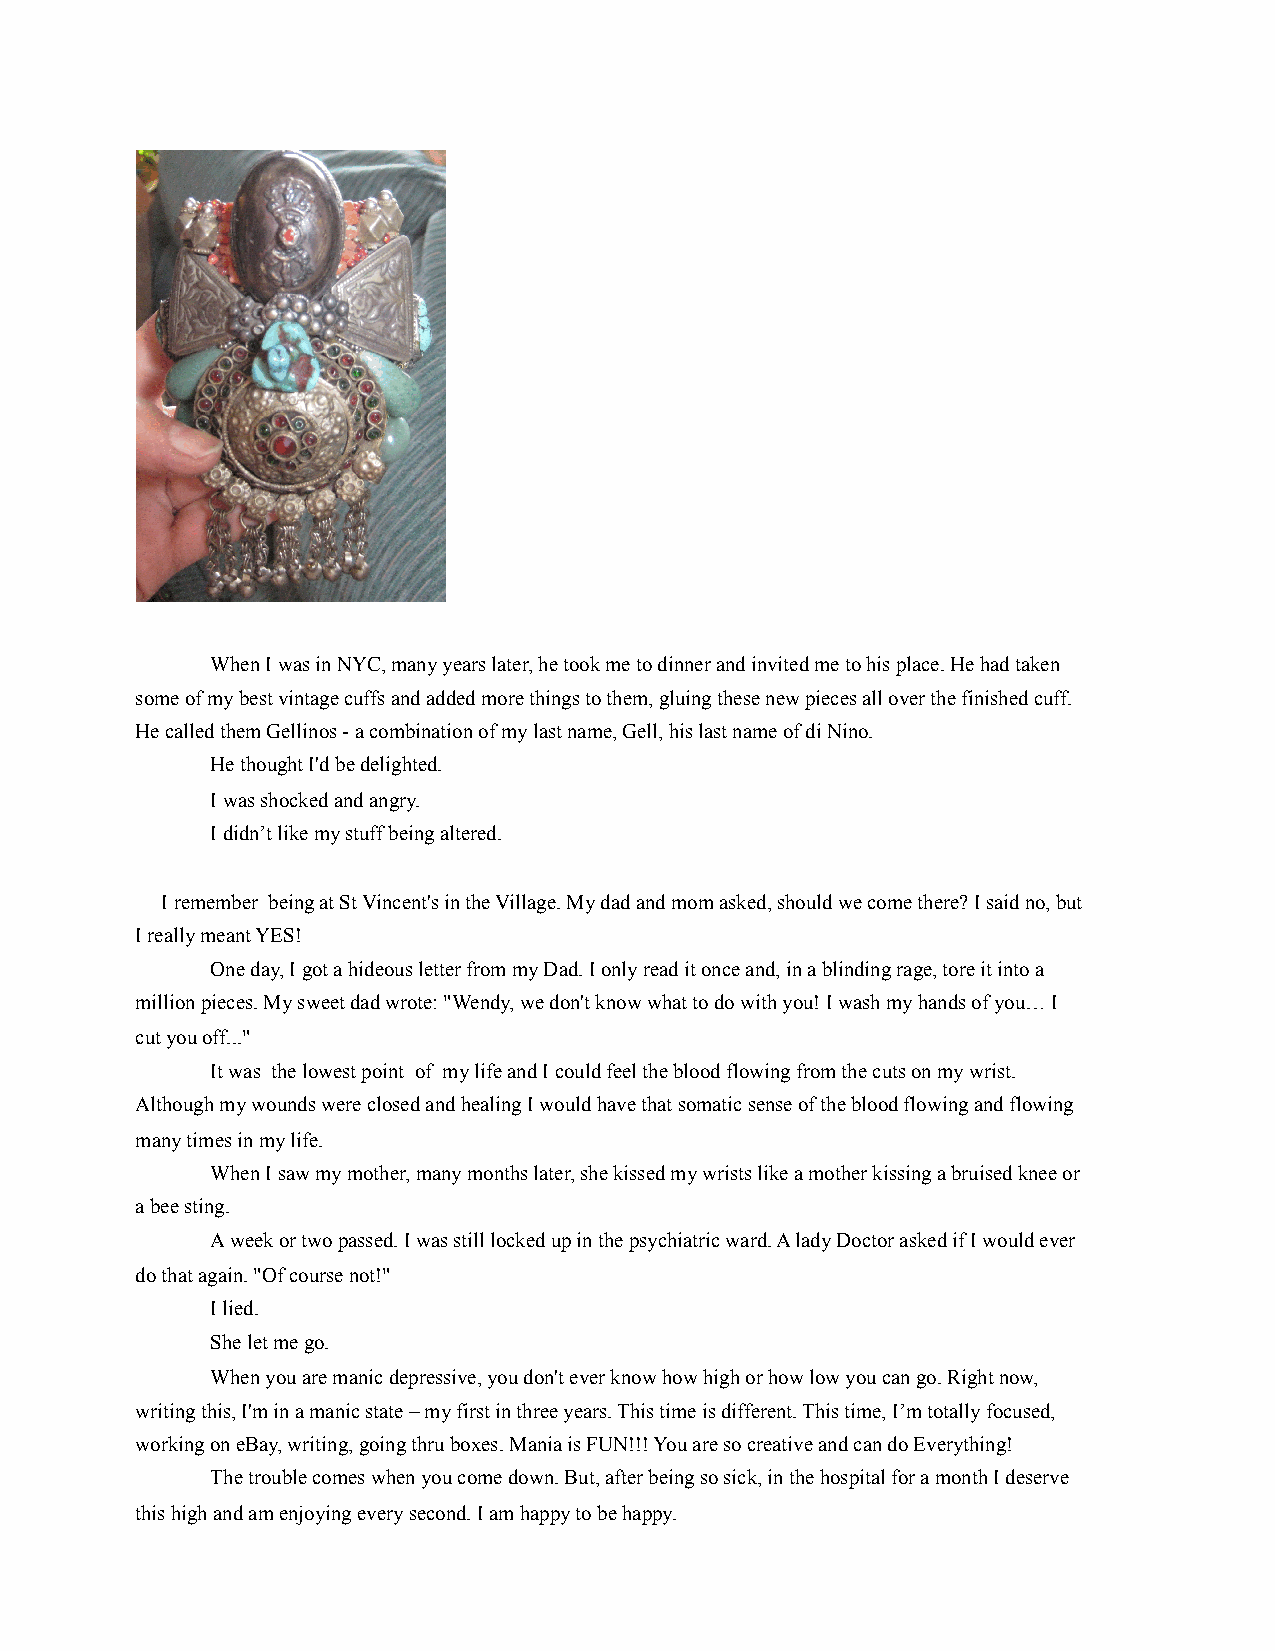
!
 When I was in NYC, many years later, he took me to dinner and invited me to his place. He had taken
 some of my best vintage cuffs and added more things to them, gluing these new pieces all over the finished cuff.
 He called them Gellinos - a combination of my last name, Gell, his last name of di Nino.
 He thought I'd be delighted.
 I was shocked and angry.
 I didn’t like my stuff being altered.
 I remember being at St Vincent's in the Village. My dad and mom asked, should we come there? I said no, but
 I really meant YES!
 One day, I got a hideous letter from my Dad. I only read it once and, in a blinding rage, tore it into a
 million pieces. My sweet dad wrote: "Wendy, we don't know what to do with you! I wash my hands of you… I
 cut you off..."
 It was the lowest point of my life and I could feel the blood flowing from the cuts on my wrist.
 Although my wounds were closed and healing I would have that somatic sense of the blood flowing and flowing
 many times in my life.
 When I saw my mother, many months later, she kissed my wrists like a mother kissing a bruised knee or
 a bee sting.
 A week or two passed. I was still locked up in the psychiatric ward. A lady Doctor asked if I would ever
 do that again. "Of course not!"
 I lied.
 She let me go.
 When you are manic depressive, you don't ever know how high or how low you can go. Right now,
 writing this, I'm in a manic state – my first in three years. This time is different. This time, I’m totally focused,
 working on eBay, writing, going thru boxes. Mania is FUN!!! You are so creative and can do Everything!
 The trouble comes when you come down. But, after being so sick, in the hospital for a month I deserve
 this high and am enjoying every second. I am happy to be happy.